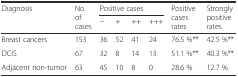
<table><thead><tr><td rowspan="2"><b>Diagnosis</b></td><td rowspan="2"><b>No. of cases</b></td><td colspan="4"><b>Positive cases</b></td><td rowspan="2"><b>Positive cases rates</b></td><td rowspan="2"><b>Strongly positive rates</b></td></tr><tr><td><b>−</b></td><td><b>+</b></td><td><b>++</b></td><td><b>+++</b></td></tr></thead><tbody><tr><td>Breast cancers</td><td>153</td><td>36</td><td>52</td><td>41</td><td>24</td><td>76.5 %**</td><td>42.5 %**</td></tr><tr><td>DCIS</td><td>67</td><td>32</td><td>8</td><td>14</td><td>13</td><td>51.1 %**</td><td>40.3 %**</td></tr><tr><td>Adjacent non-tumor</td><td>63</td><td>45</td><td>10</td><td>8</td><td>0</td><td>28.6 %</td><td>12.7 %</td></tr></tbody></table>